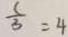
\frac { c } { 3 } = 4